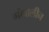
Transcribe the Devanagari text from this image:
गोपालीन